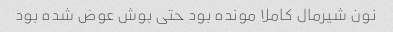
نون شیرمال کاملا مونده بود حتی بوش عوض شده بود